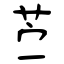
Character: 苎